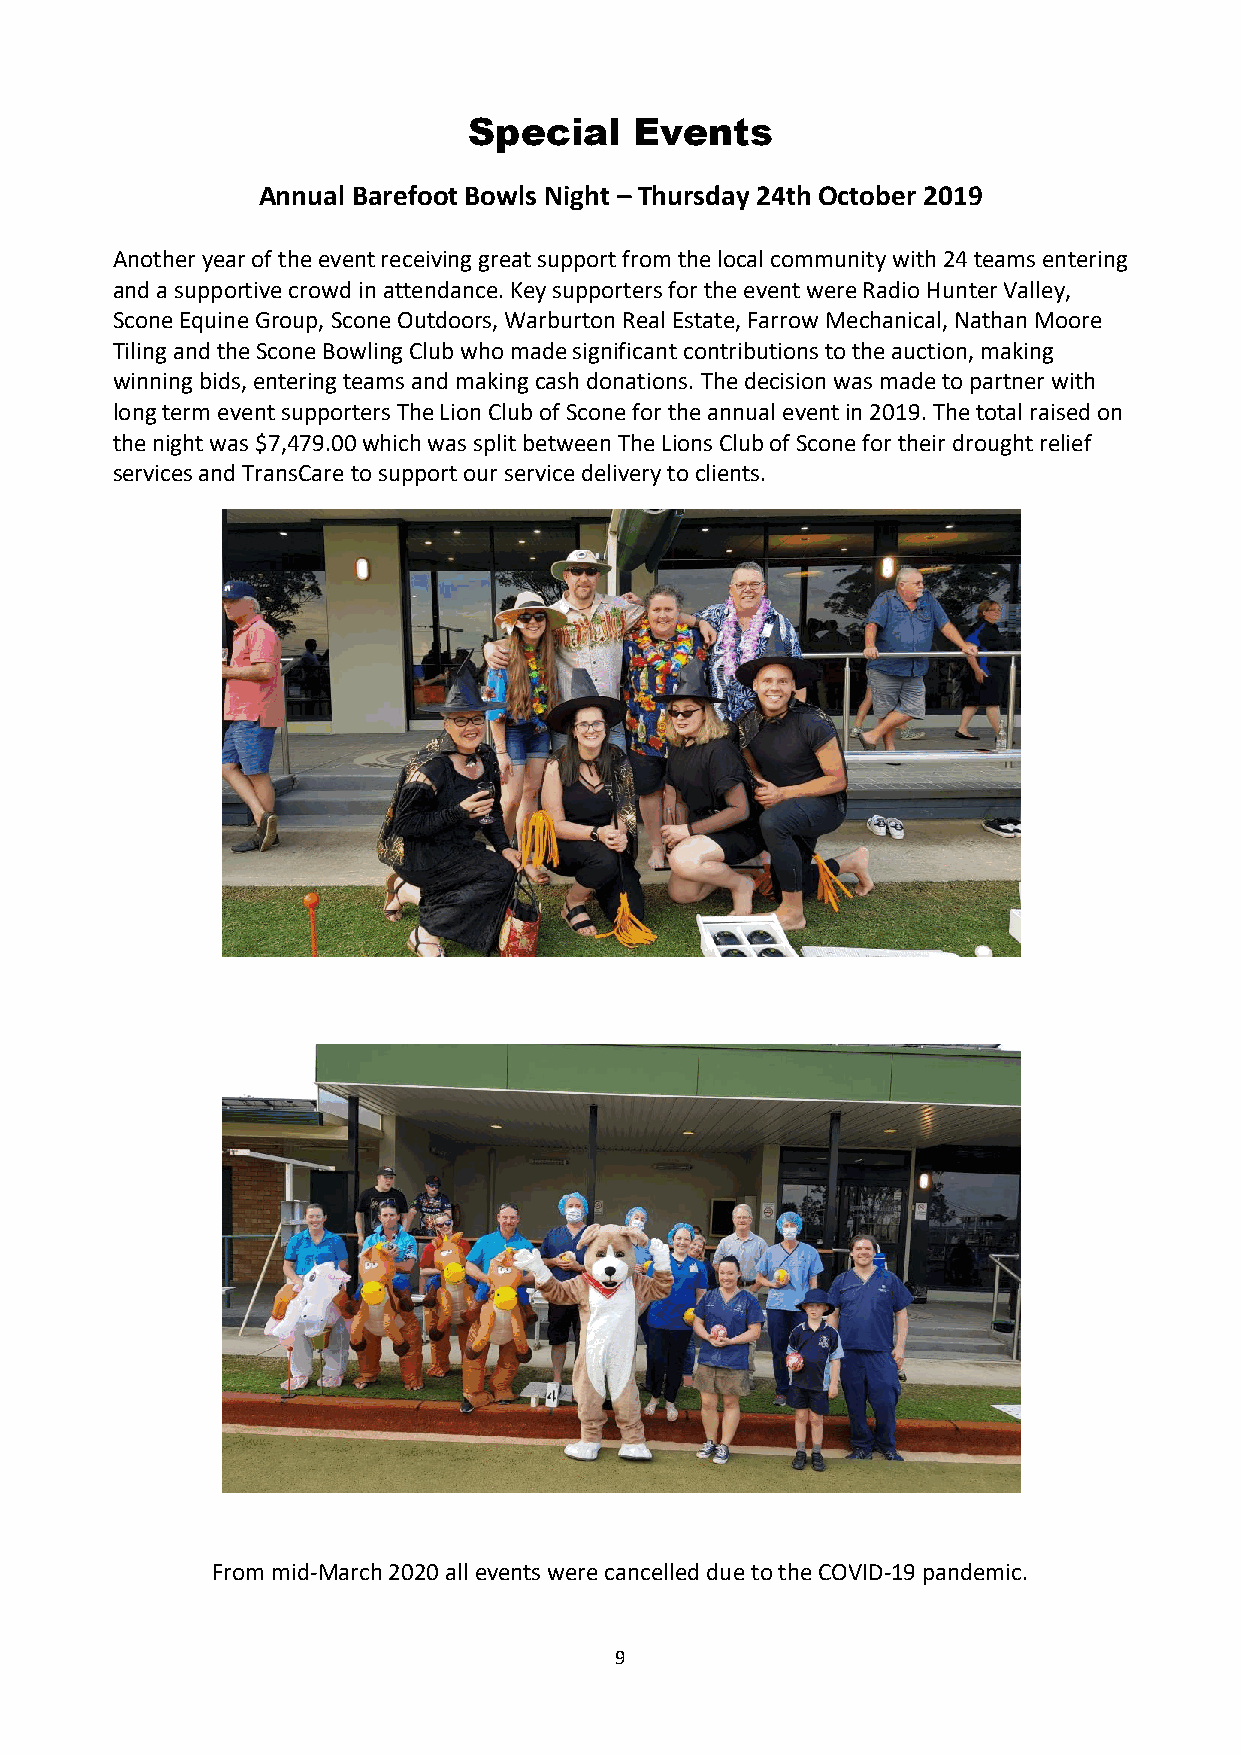
Special    Events
 Annual Barefoot Bowls Night – Thursday 24th October 2019
 Another year of the event receiving great support from the local community with 24 teams entering
 and a supportive crowd in attendance. Key supporters for the event were Radio Hunter Valley,
 Scone Equine Group, Scone Outdoors, Warburton Real Estate, Farrow Mechanical, Nathan Moore
 Tiling and the Scone Bowling Club who made significant contributions to the auction, making
 winning bids, entering teams and making cash donations. The decision was made to partner with
 long term event supporters The Lion Club of Scone for the annual event in 2019. The total raised on
 the night was $7,479.00 which was split between The Lions Club of Scone for their drought relief
 services and TransCare to support our service delivery to clients.
 From mid-March 2020 all events were cancelled due to the COVID-19 pandemic.
 9